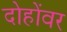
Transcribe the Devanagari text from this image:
दोहोंवर